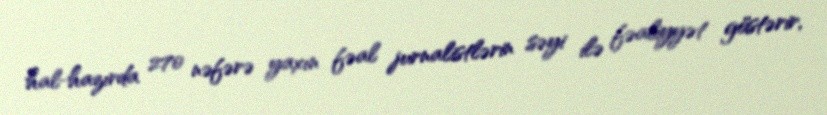
hal-hazırda 270 nəfərə yaxın fəal jurnalistlərin səyi ilə fəaliyyət göstərir,